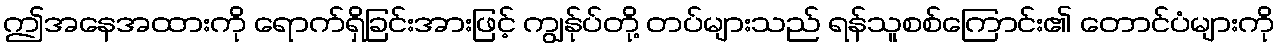
ဤအနေအထားကို ရောက်ရှိခြင်းအားဖြင့် ကျွန်ုပ်တို့ တပ်များသည် ရန်သူစစ်ကြောင်း၏ တောင်ပံများကို